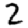
Digit: 2